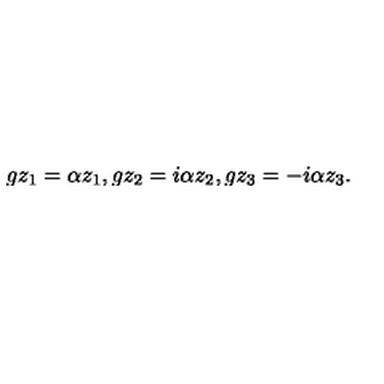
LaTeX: g z _ { 1 } = \alpha z _ { 1 } , g z _ { 2 } = i \alpha z _ { 2 } , g z _ { 3 } = - i \alpha z _ { 3 } .